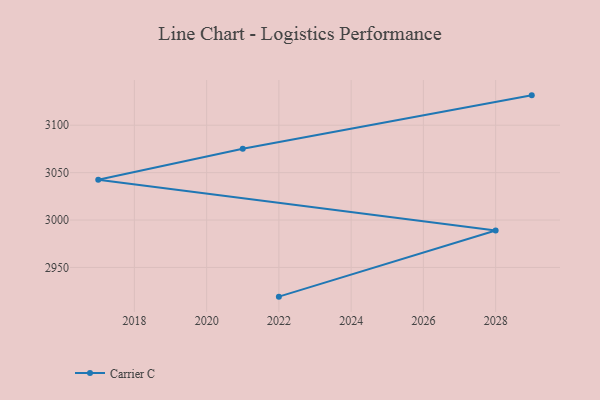
{"axis": {"x": "Year", "y": "Website Visitors"}, "legend": ["Carrier C"], "data": [{"x": "2022", "y": 2919.2, "type": "Carrier C"}, {"x": "2028", "y": 2989.0, "type": "Carrier C"}, {"x": "2017", "y": 3042.4, "type": "Carrier C"}, {"x": "2021", "y": 3075.2, "type": "Carrier C"}, {"x": "2029", "y": 3131.5, "type": "Carrier C"}]}